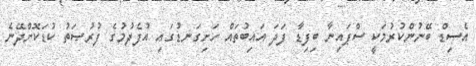
އެސިޑް ބޭނުންކުރުމަކީ ސްޕައިނާ ބިފިޑާ ފަދަ އައިބުތައް ހަށިގަނޑުގައި އުފެދުމުގެ ފުރުޞަތު ކުޑަކޮށްދޭނެ